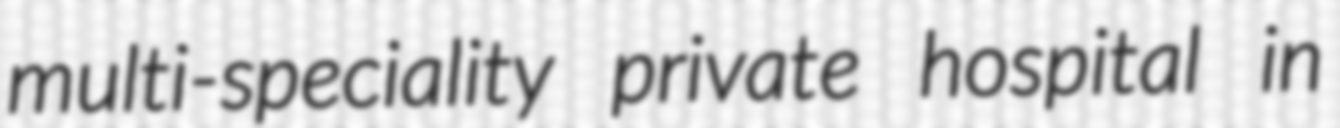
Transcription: multi-speciality private hospital in